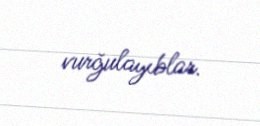
vurğulayıblar.